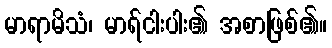
မာရာမိသံ၊ မာရ်ငါးပါး၏ အစာဖြစ်၏။